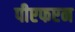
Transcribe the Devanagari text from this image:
पीएफएन